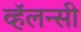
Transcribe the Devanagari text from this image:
व्हॅलन्सी